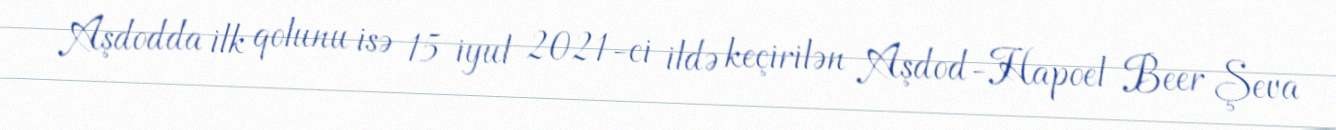
Aşdodda ilk qolunu isə 15 iyul 2021-ci ildə keçirilən Aşdod-Hapoel Beer Şeva